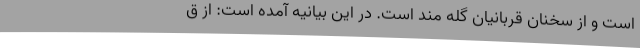
است و از سخنان قربانیان گله مند است. در این بیانیه آمده است: از ق